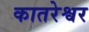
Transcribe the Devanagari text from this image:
कातरेश्वर